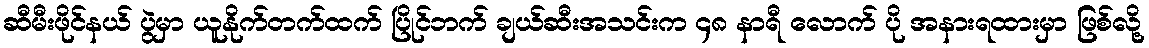
ဆီမီးဖိုင်နယ် ပွဲမှာ ယူနိုက်တက်ထက် ပြိုင်ဘက် ချယ်ဆီးအသင်းက ၄၈ နာရီ လောက် ပို အနားရထားမှာ ဖြစ်လို့